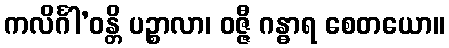
ကလိင်္ဂါ’ဝန္တိ ပဉ္စာလာ၊ ဝဇ္ဇီ ဂန္ဓာရ စေတယော။